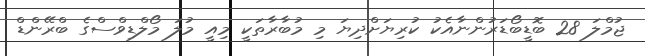
ޖުމްލަ 28 ބޮޑީބޯޑަރުންނާއެކު ކުރިޔަށްދިޔަ މި މުބާރާތަކީ މިއީ މުލަ މޯލްޑިވްސްގެ ބްރޭންޑް